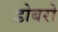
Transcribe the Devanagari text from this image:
डोबरो